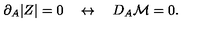
\partial _ { A } | Z | = 0 \quad \leftrightarrow \quad D _ { A } { \cal M } = 0 .